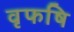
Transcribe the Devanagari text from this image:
वृफषि